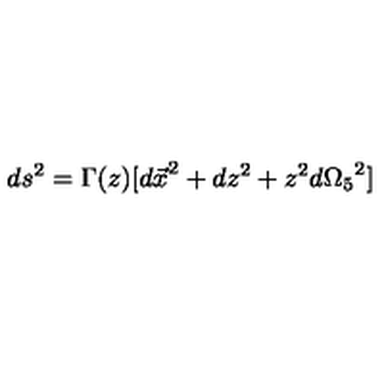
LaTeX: d s ^ { 2 } = \Gamma ( z ) [ { d \vec { x } } ^ { 2 } + d z ^ { 2 } + z ^ { 2 } { d \Omega _ { 5 } } ^ { 2 } ]